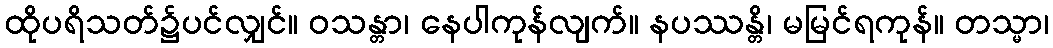
ထိုပရိသတ်၌ပင်လျှင်။ ဝသန္တာ၊ နေပါကုန်လျက်။ နပဿန္တိ၊ မမြင်ရကုန်။ တသ္မာ၊